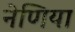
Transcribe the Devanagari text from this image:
नेणिया